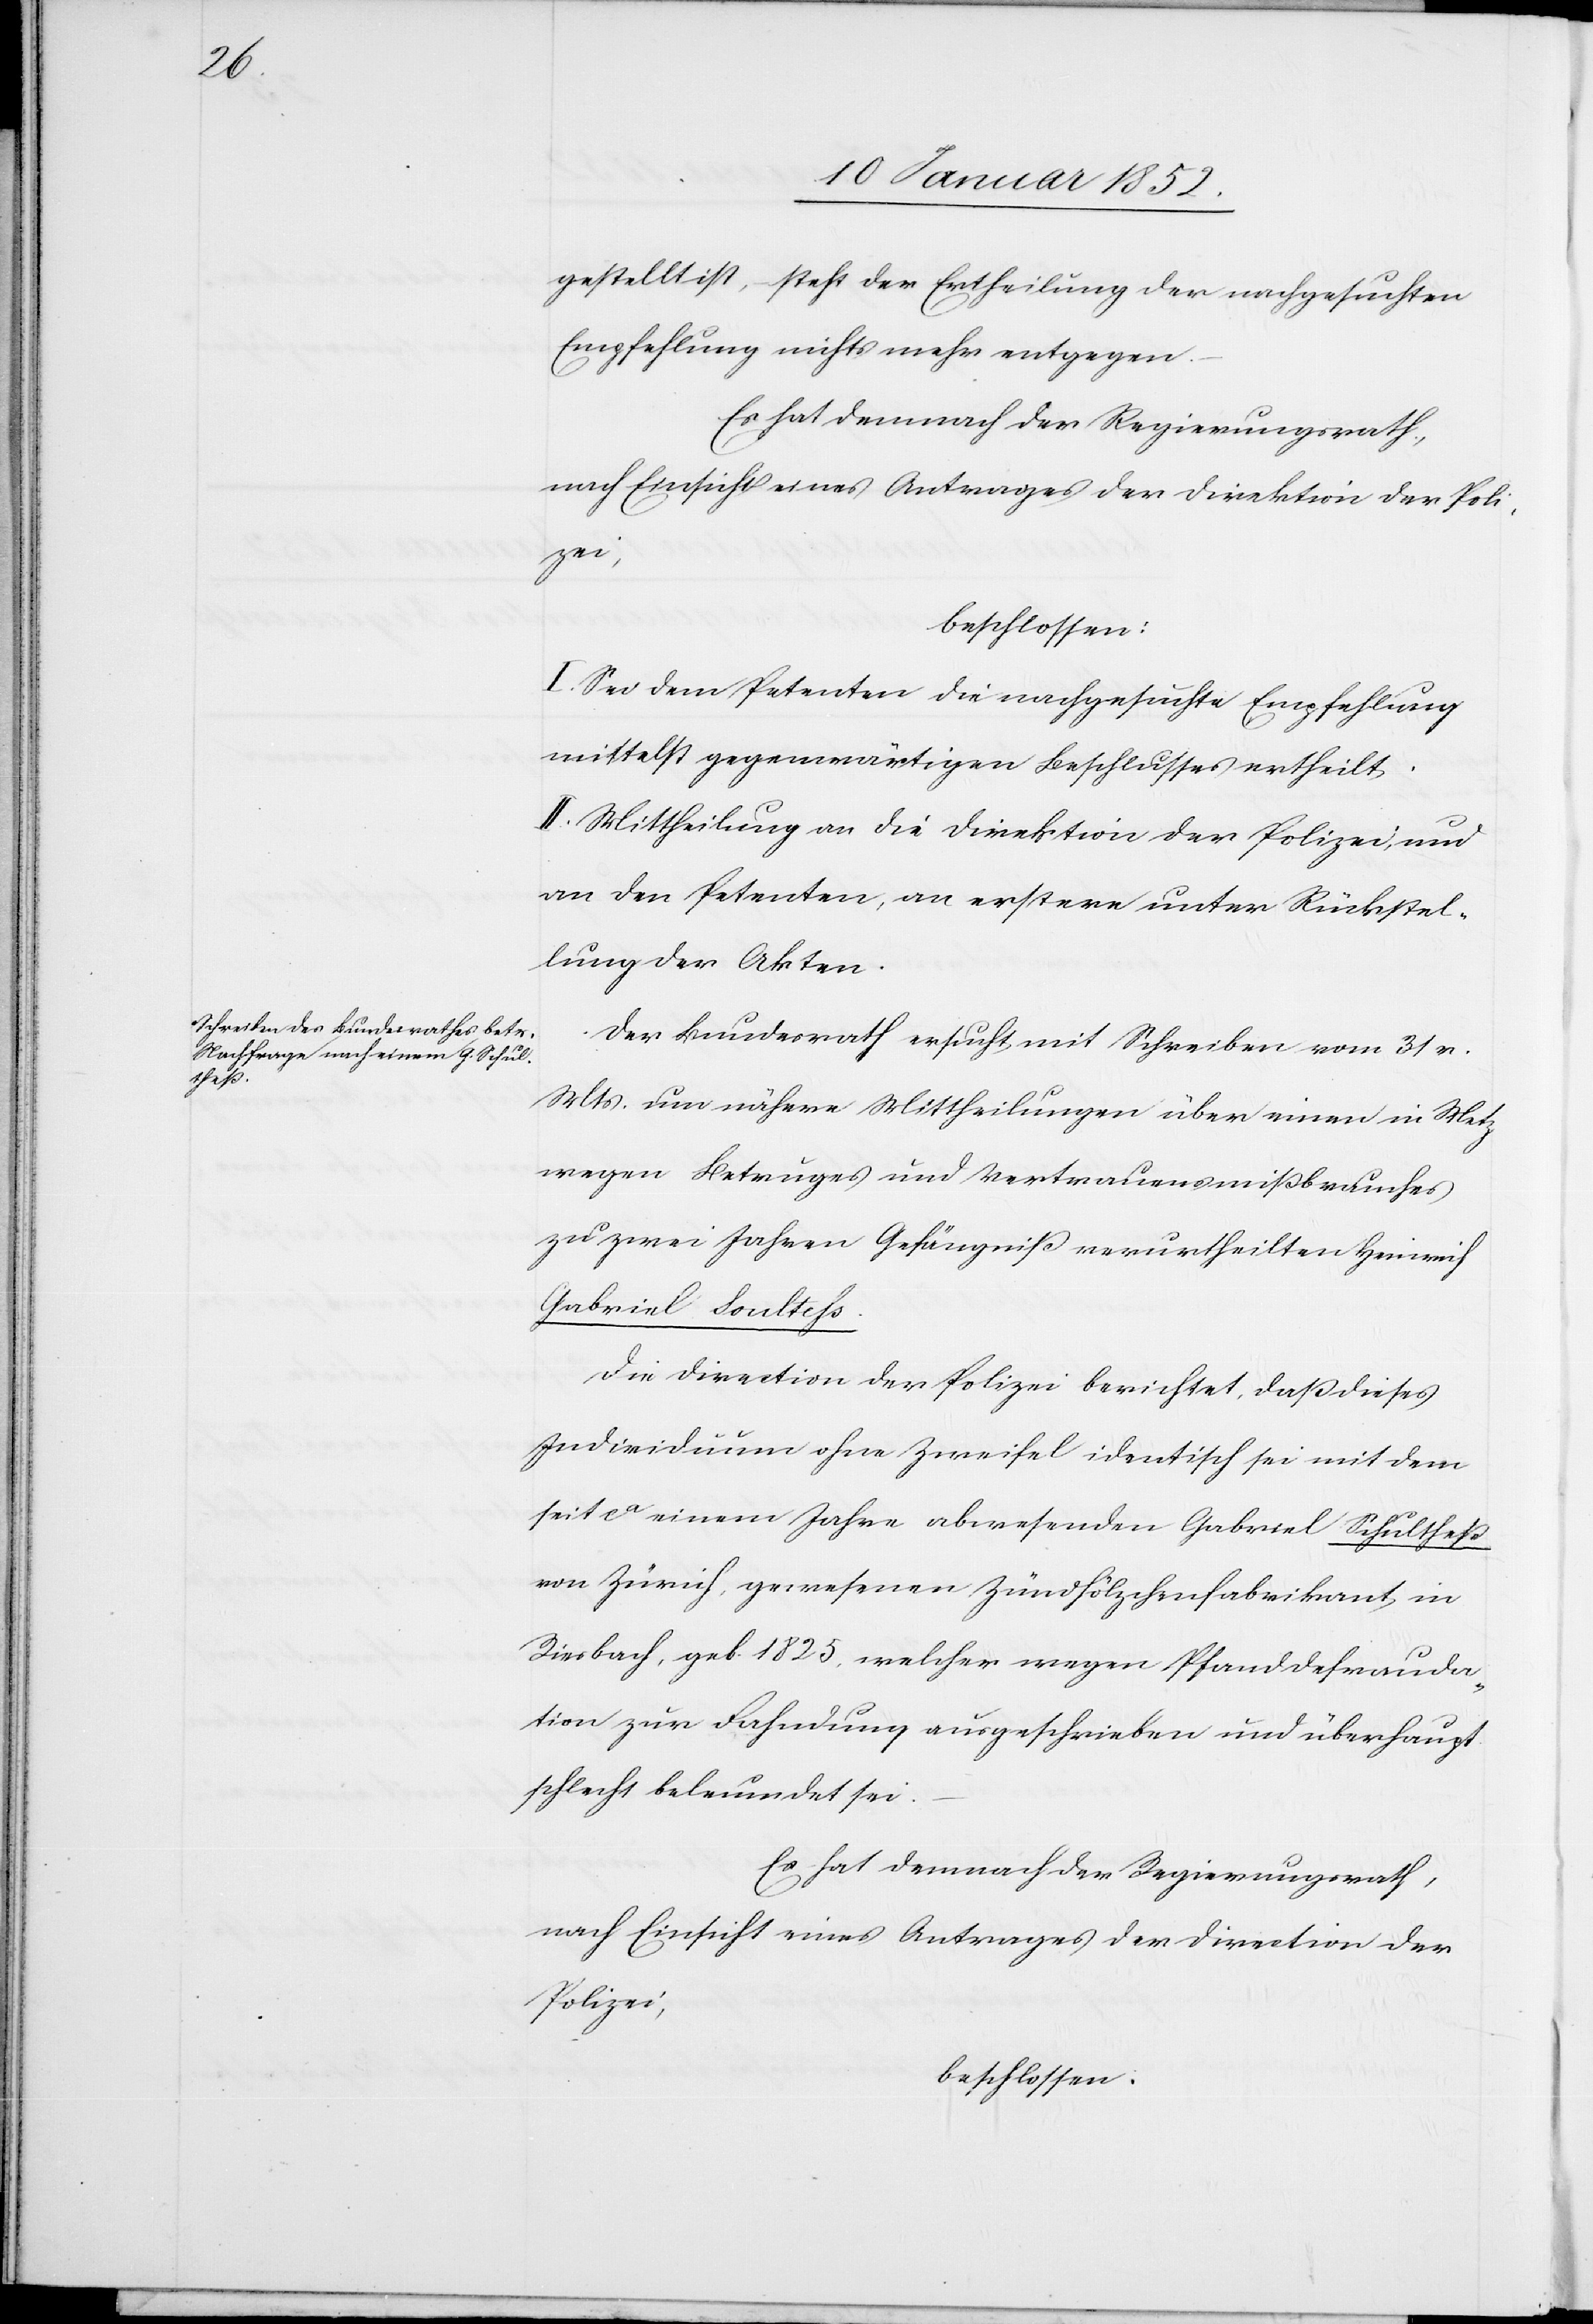
gestellt ist, steht der Ertheilung der nachgesuchten
Empfehlung nichts mehr entgegen
Es hat demnach der Regierungsrath,
nach Einsicht eines Antrages der Direktion der Poli¬
zei,
beschlossen:
I. Sei dem Petenten die nachgesuchten Empfehlung
mittelst gegenwärtigen Beschlusses ertheilt.
II. Mittheilung an die Direktion der Polizei und
an den Petenten, an erstern unter Rückstel¬
lung der Akten.
Der Bundesrath ersucht mit Schreiben vom 31. v.
Mts. um nähere Mittheilungen über einen in Metz
wegen Betruges und Vertrauensmißbrauches
zu zwei Jahren Gefängniß verurtheilten Heinrich
Gabriel Soulthess.
Die Direktion der Polizei berichtet, daß dieses
Individuum ohne Zweifel identisch sei mit dem
seit ca einem Jahre abwesenden Gabriel Schultheß
von Zürich, gewesenen Zündholzfabrikant in
Diesbach, geb. 1825. welcher wegen Pfanddefrauda¬
tion zur Fahndung ausgeschrieben und überhaupt
schlecht beleumdet sei –
beschlossen.